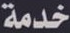
خدمة